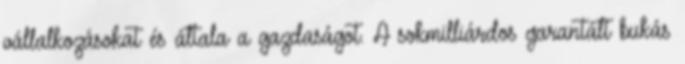
vállalkozásokat és általa a gazdaságot. A sokmilliárdos garantált bukás